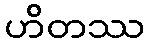
ဟိတဿ